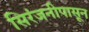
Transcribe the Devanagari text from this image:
सिरंजनीपासून